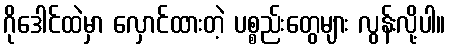
ဂိုဒေါင်ထဲမှာ လှောင်ထားတဲ့ ပစ္စည်းတွေများ လွန်းလို့ပါ။